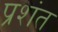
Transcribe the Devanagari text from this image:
प्रशंत